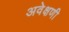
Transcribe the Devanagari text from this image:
अवेक्षणी